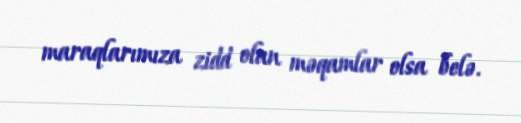
maraqlarımıza zidd olan məqamlar olsa belə.